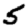
Digit: 5